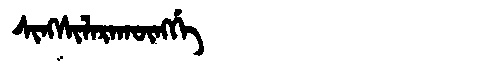
Manchu: ᠰᡳᠩᠰᡳᠯᠠᡵᠠᡴᡡᠩᡤᡝ
Romanization: SINGSILARAKŪNGGE